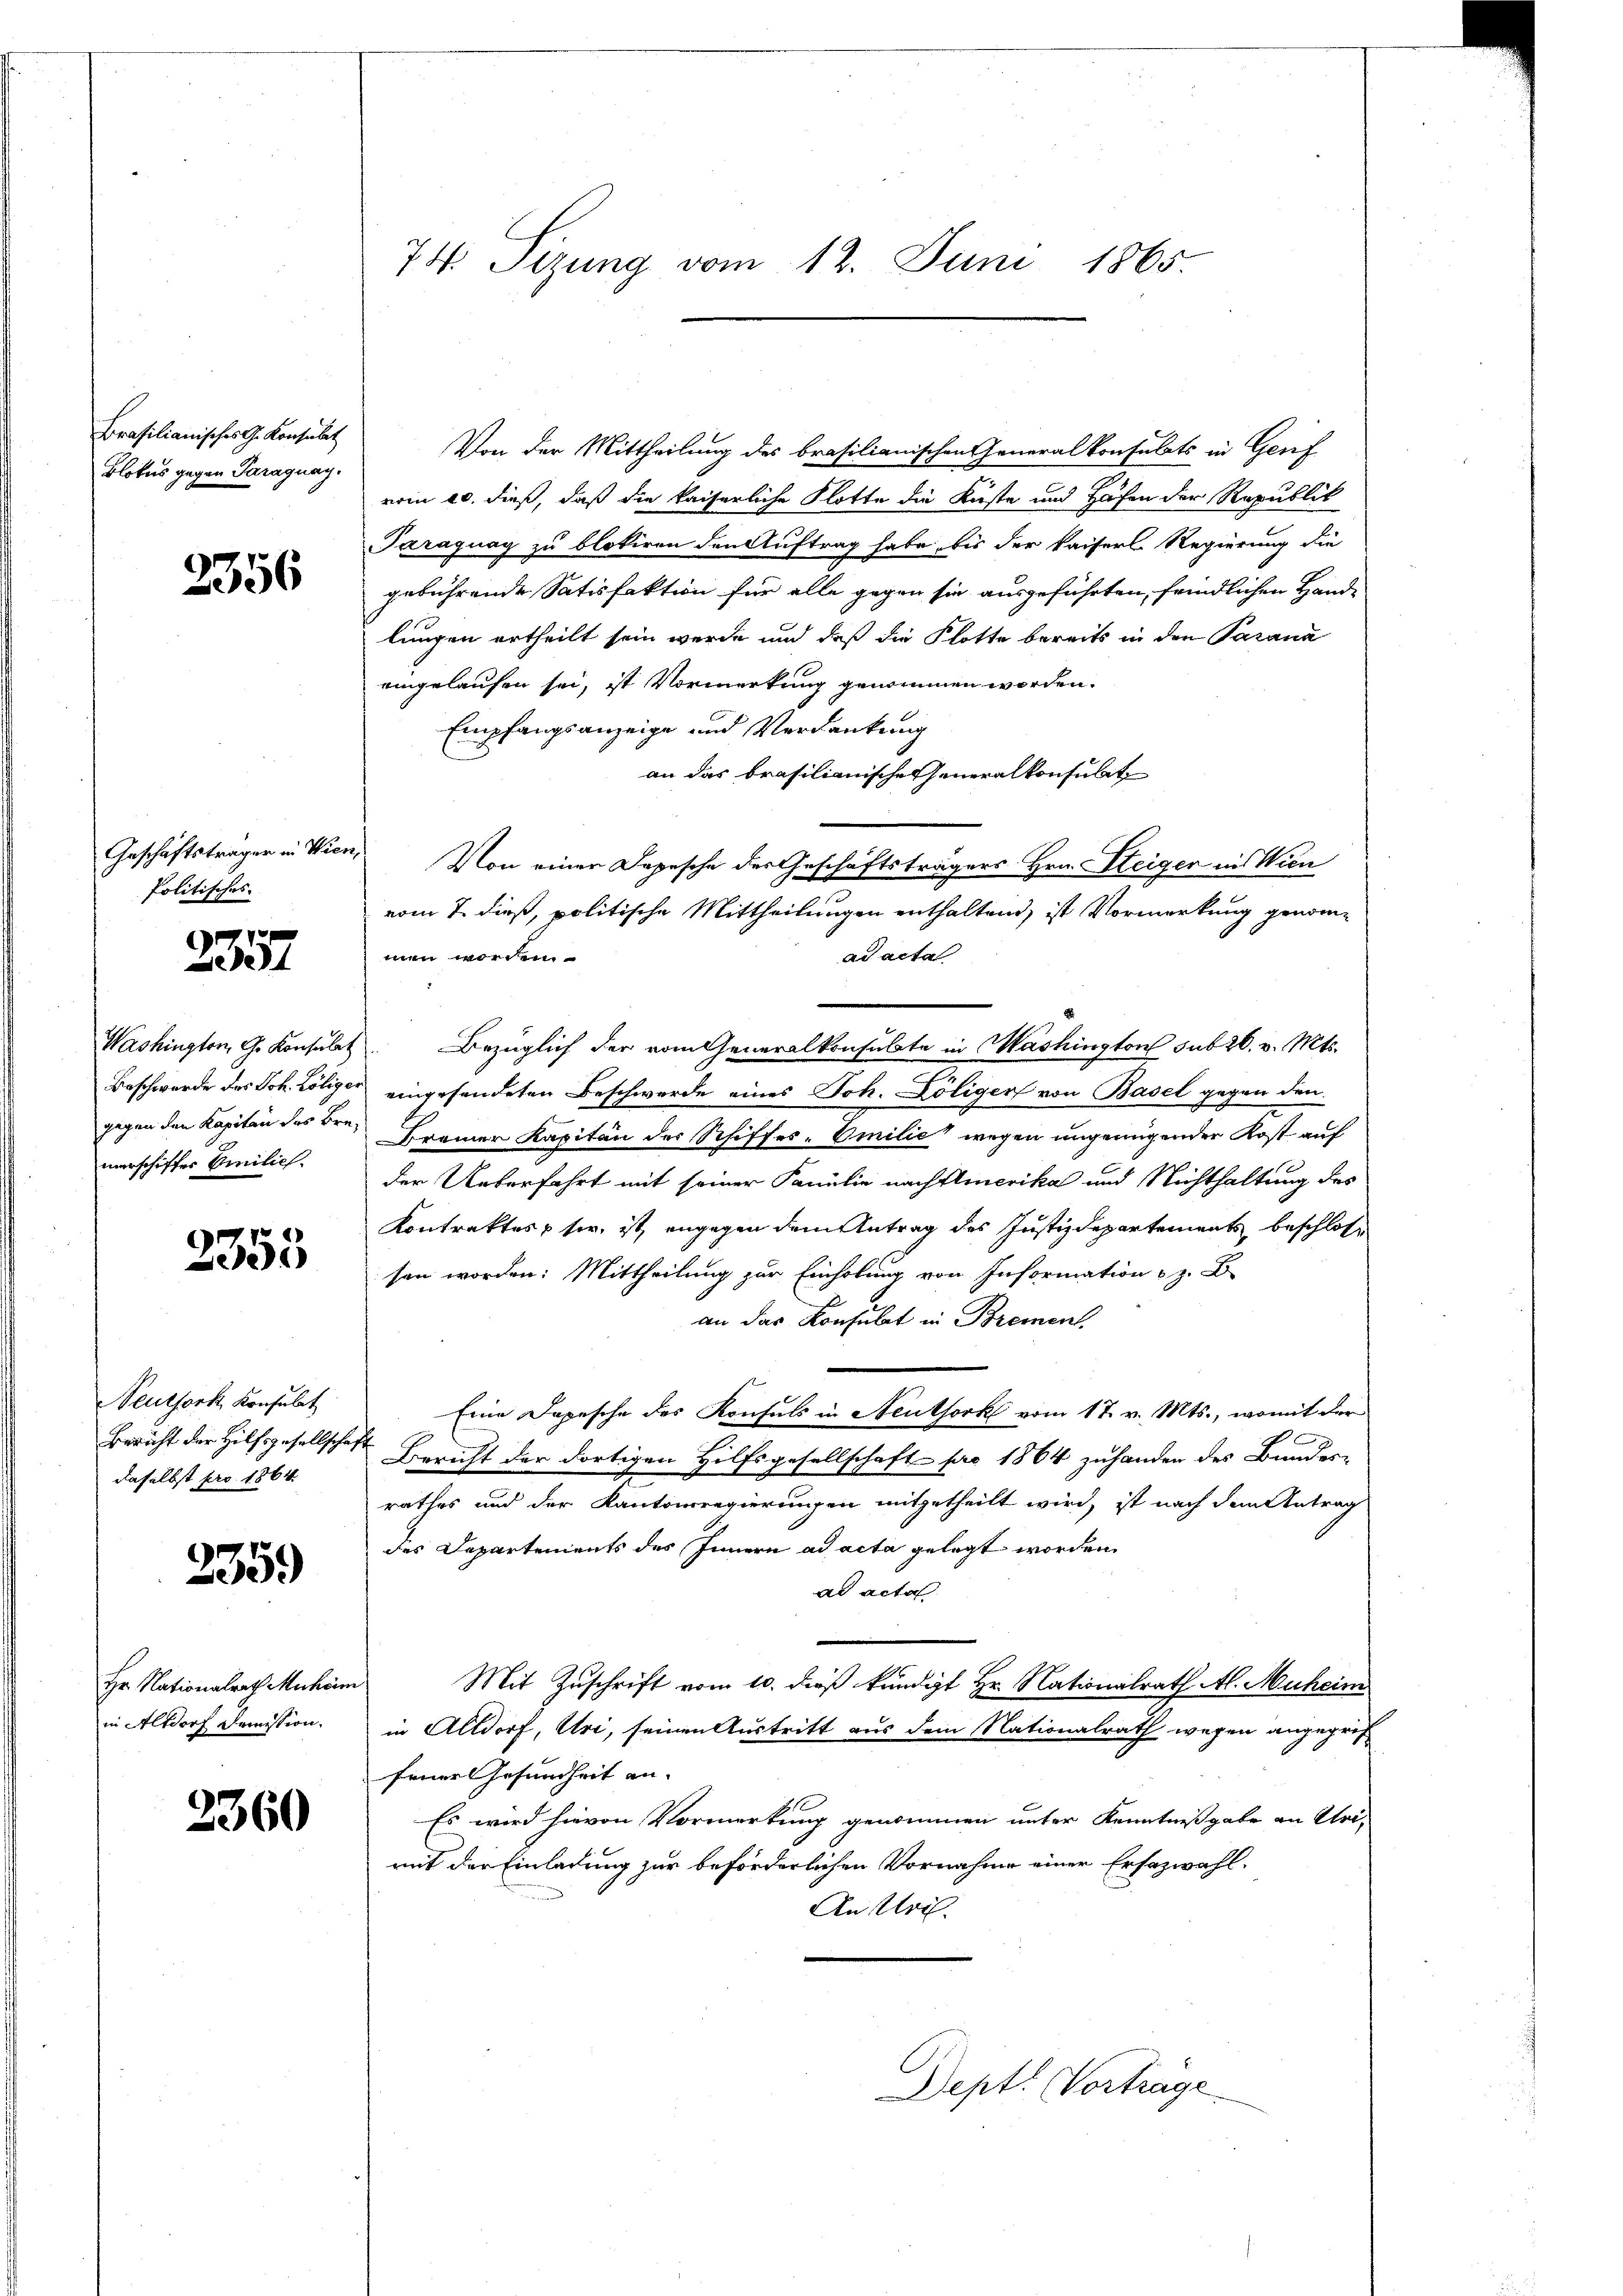
Brasilianisches G. Konsulat
Blotus gegen Paraguay.

2356

Politisches.

235.

gegen den Kapitan des Bremerschiffer Emilie.

2355

Neuthork Konsulat
daselbst pro 1864.

2359

Hr. Nationalrath Muheim
in Altdorf demission.

2360

74. Sizung vom 12. Juni 1865.

Von der Mittheilung des brasilianischen Generalkonsulats in Genf
vom 20. dieß, daß die kaiserliche Flotte die Küste und Hafen der Republik
Paraguay zu blokiren den Auftrag habe, bis der Kaiserl. Regierung die
gebührende Satisfaktion für alle gegen sie ausgeführten, friedlichen Hande
lungen ertheilt sein werde und daß die Flotte bereits in den Parana
eingelaufen sei, ist Vormerkung genommen worden.
Empfangsanzeige und Verdankung
an das brasilianische Generalkonsulate
Geschäftsträger in Wien. Von einer Depesche des Geschäftsträgers Hrn. Steiger ins Wien
vom 7. dieß, politische Mittheilungen enthaltend, ist Vormerkung genommen worden.
ad acta
Washington G. Konsŭlet. Bezüglich der vom Generalkonsulte in Mashington sub 26. v. Mts.
Beschwerde des Joh. Lölige eingesandeten Beschwerde eines Joh. Löligen von Basel gegen den
Bremer Kapitän der Schiffes-Emilie wegen ungenügender Kost auf
der Ueberfahrt mit seiner Familie nachstenerika und Nichthaltung des
Kontraktes u sie, ist, angegen dem Antrag des Justizdepartements, beschlosse
sen worden: Mittheilung zur Einholung von Information z. B
an das Konsulat in Bremen.
Eine Depesche des Konsuls in Neuthork vom 17. v. Mts., womit der
2
Bericht der Hilfsgesellschaft Bericht der dortigen Hilfsgesellschaft pro 1864 zuhanden des Bundes-
t
rathes und der Kantonsregierungen mitgetheilt wird, ist nach dem Antrag
des Departements des Innern ad acta gelegt worden
ad acta
Mit Zuschrift vom 10. dieß kündigt Hr. Nationalrath Al. Muheim
in Altdorf, Uri, seinen Austritt aus dem Nationalrath wegen angegrif
feierlesundheit an.
21
Es wird hievon Vormerkung genommen unter Kenntnißgabe an Uri-
mit der Einladung zur beförderlichen Vornahme einer Ersazwahl.
An Uri.
Dept. Vorträge